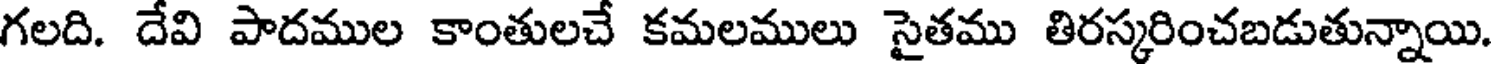
గలది. దేవి పాదముల కాంతులచే కమలములు సైతము తిరస్కరించబడుతున్నాయి.